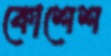
কোশেশ